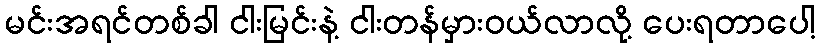
မင်းအရင်တစ်ခါ ငါးမြင်းနဲ့ ငါးတန်မှားဝယ်လာလို့ ပေးရတာပေါ့